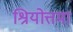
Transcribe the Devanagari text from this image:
श्रियोत्तमा